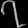
Digit: ၇